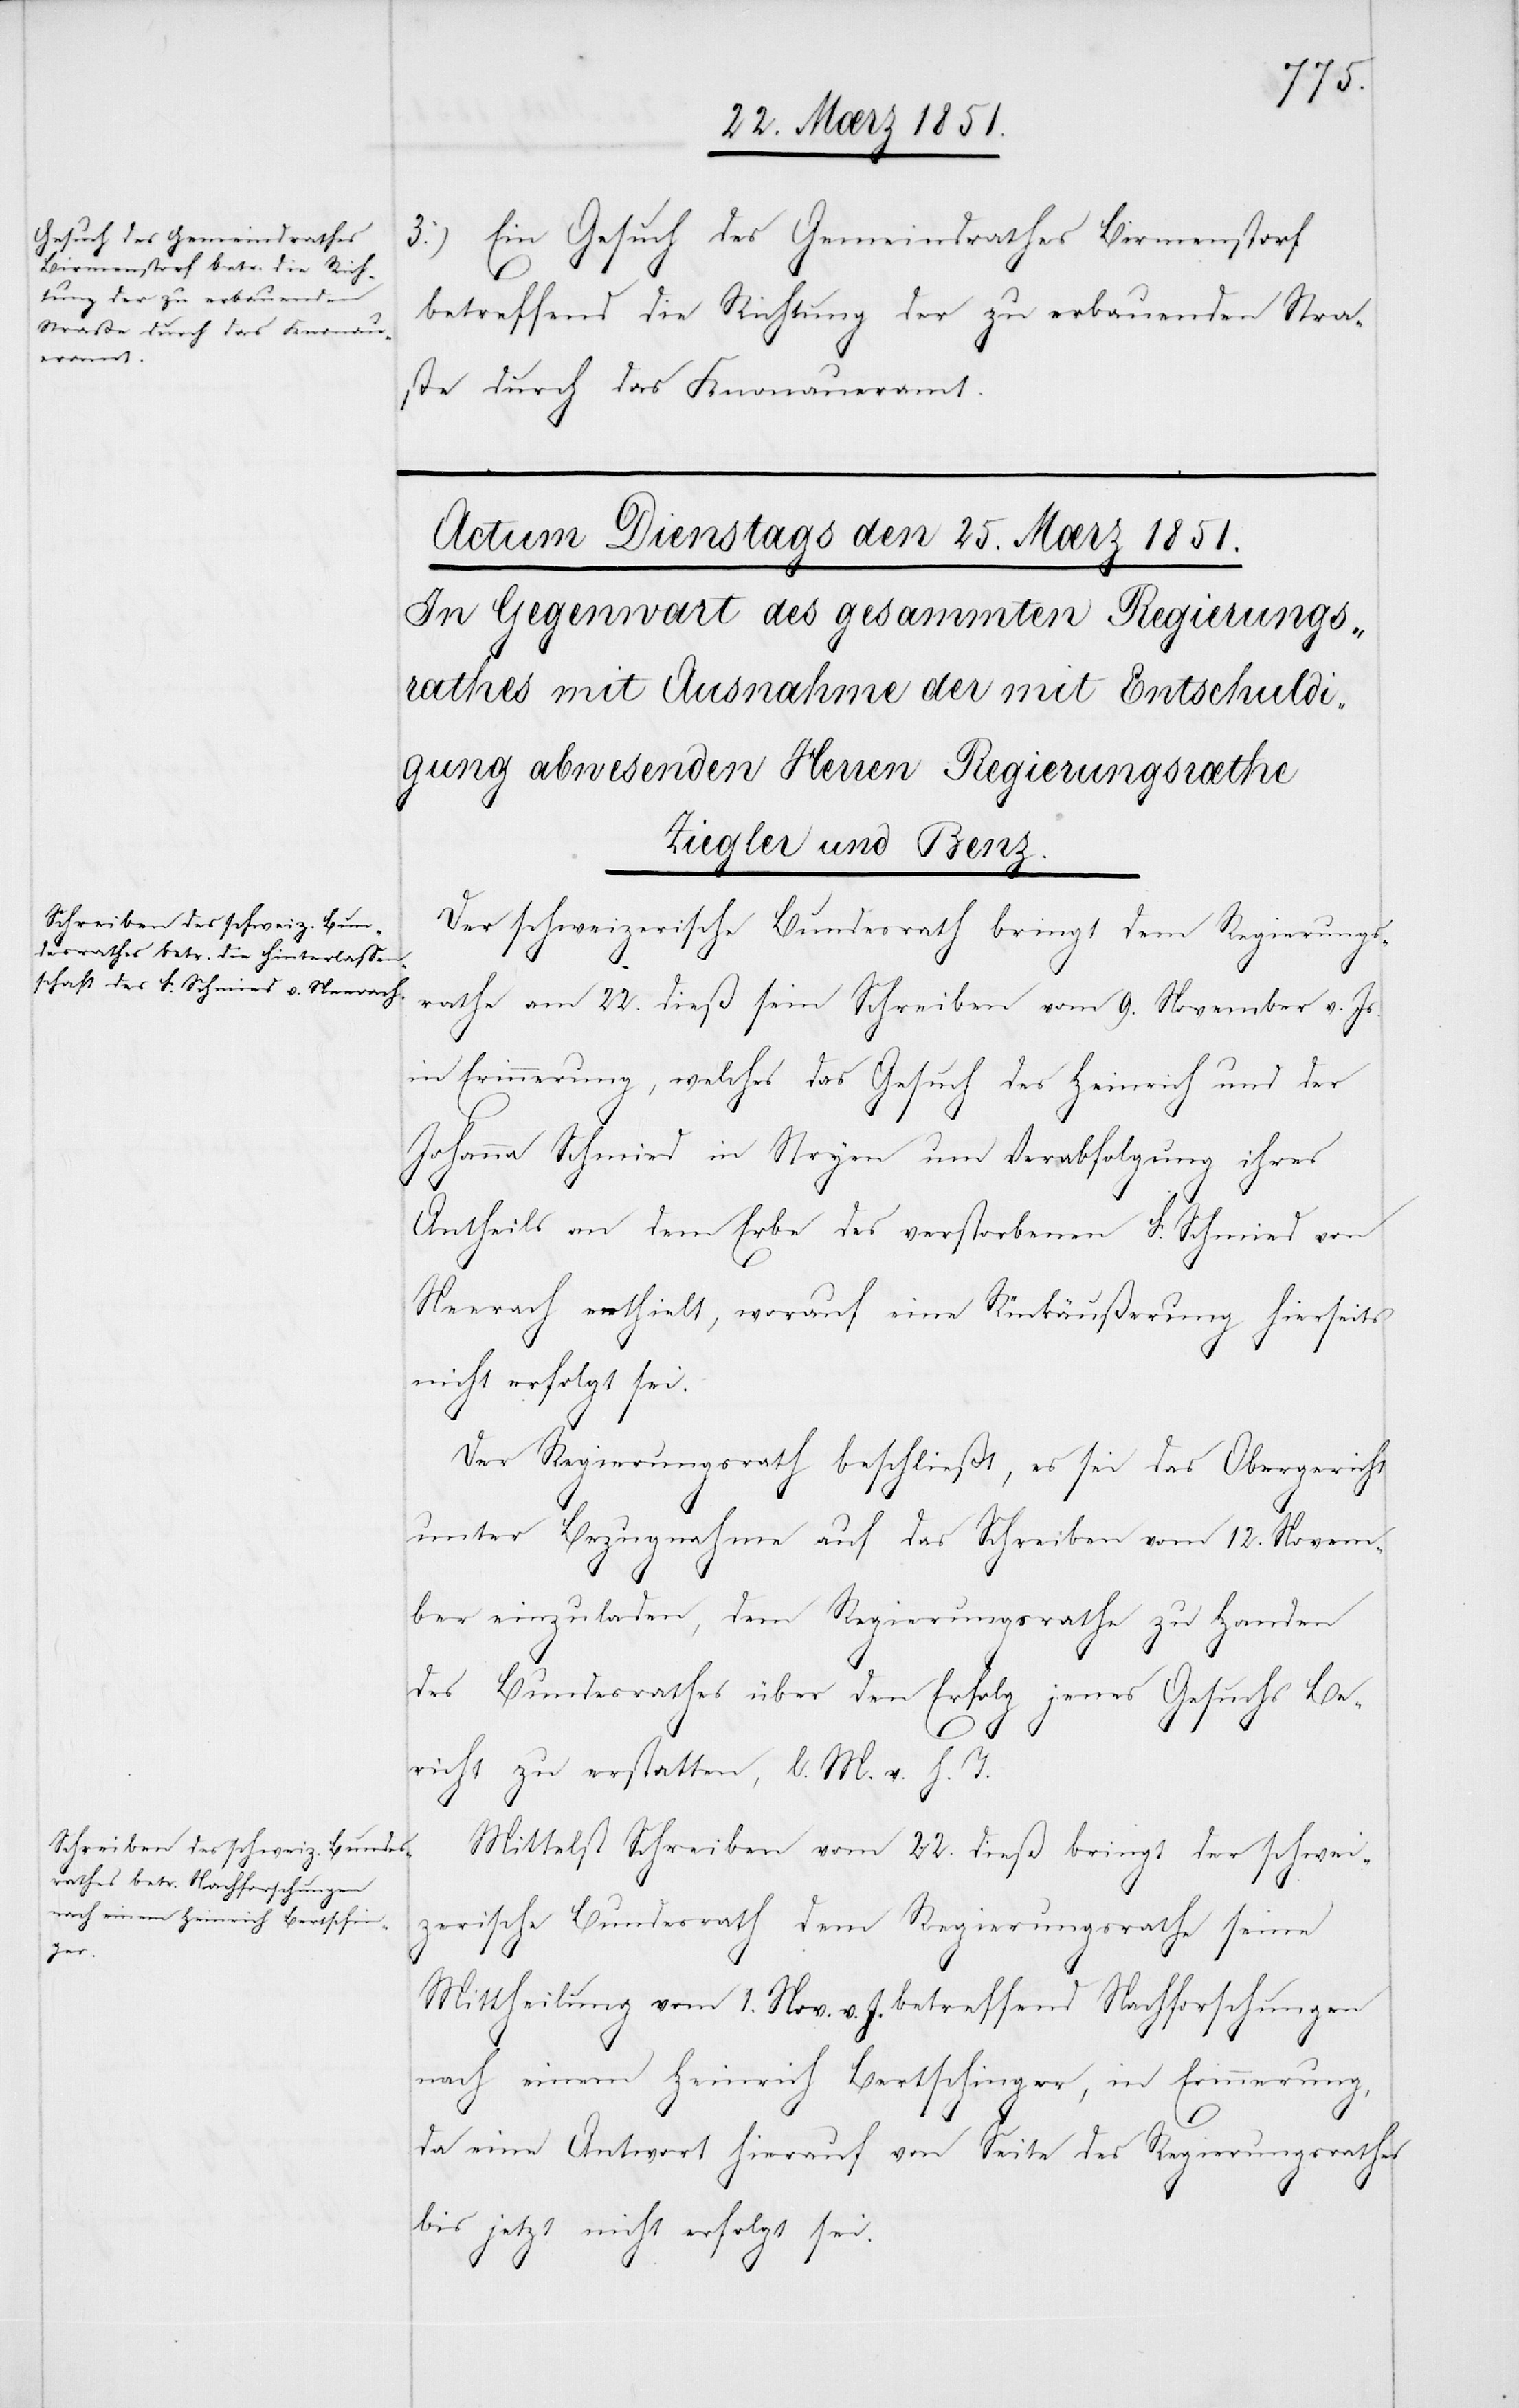
3.) Ein Gesuch des Gemeindrathes Birmenstorf
betreffend die Richtung der zu erbauenden Stra¬
ße durch das Knonaueramt.
Der schweizerische Bundesrath bringt dem Regierungs¬
rathe am 22. dieß sein Schreiben vom 9. November v. Js.
in Erinnerung, welches das Gesuch des Heinrich und der
Johanna Schmied in Stryen um Verabfolgung ihres
Antheils an dem Erbe des verstorbenen F. Schmied von
Neerach enthielt, worauf eine Rückäußerung hierseits
nicht erfolgt sei.
Der Regierungsrath beschließt, es sei das Obergericht
unter Bezugnahme auf das Schreiben vom 12. Novem¬
ber einzuladen, dem Regierungsrathe zu Handen
des Bundesrathes über den Erfolg jenes Gesuchs Be¬
richt zu erstatten, l. M. v. h. T.
Mittelst Schreiben vom 22. dieß bringt der schwei¬
zerische Bundesrath dem Regierungsrathe seine
Mittheilung vom 1. Nov. v. J. betreffend Nachforschungen
nach einem Heinrich Bertschinger, in Erinnerung,
da eine Antwort hierauf von Seite des Regierungsrathes
bis jetzt nicht erfolgt sei.